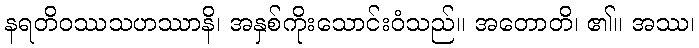
နရတိဝဿသဟဿာနိ၊ အနှစ်ကိုးသောင်းဝံသည်။ အတောတိ၊ ၏။ အဿ၊